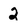
Character: 2